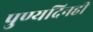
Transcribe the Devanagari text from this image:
पुण्यदिनही